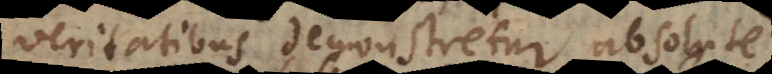
veritatibus demonstretur absolute)